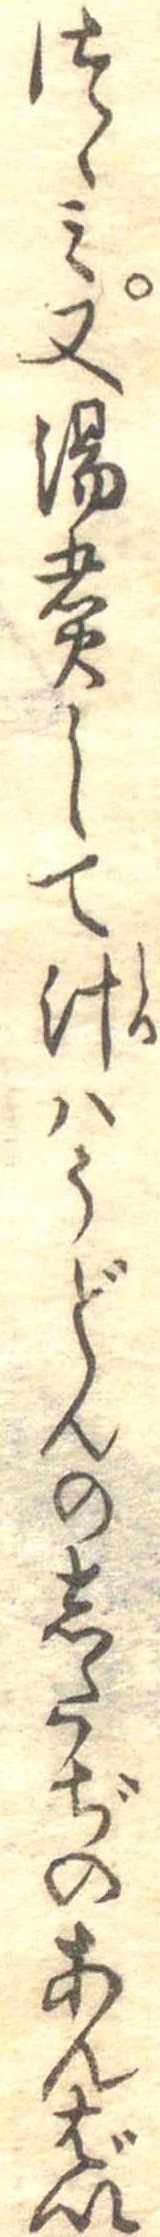
つゝみ又湯煮して汁はうどんのしたぢのあんばい